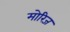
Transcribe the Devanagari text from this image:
मोरिज